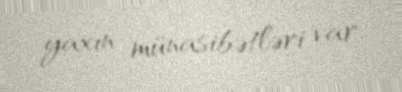
yaxın münasibətləri var.